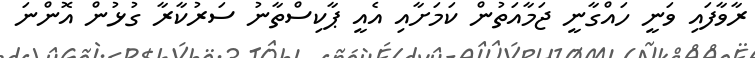
ރާވާފައި ވަނީ ހައްގާނީ ޖަމާއަތުން ކަމަށާއި އެއީ ޕާކިސްތާނު ސަރުކާރާ ގުޅުން އޮންނަ